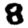
Digit: 8